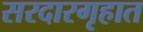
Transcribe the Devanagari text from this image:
सरदारगृहात